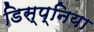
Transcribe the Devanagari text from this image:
डिस्प्निया